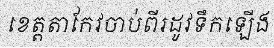
ខេត្តតាកែវចាប់ពីរដូវទឹកឡើង